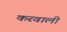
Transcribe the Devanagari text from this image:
करवाली